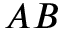
A B